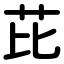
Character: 芘